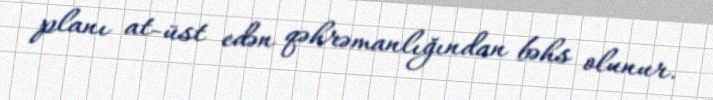
planı at-üst edən qəhrəmanlığından bəhs olunur.